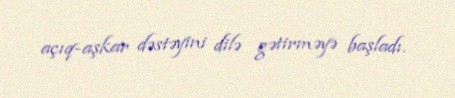
açıq-aşkar dəstəyini dilə gətirməyə başladı.